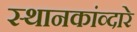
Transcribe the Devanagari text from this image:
स्थानकांव्दारे